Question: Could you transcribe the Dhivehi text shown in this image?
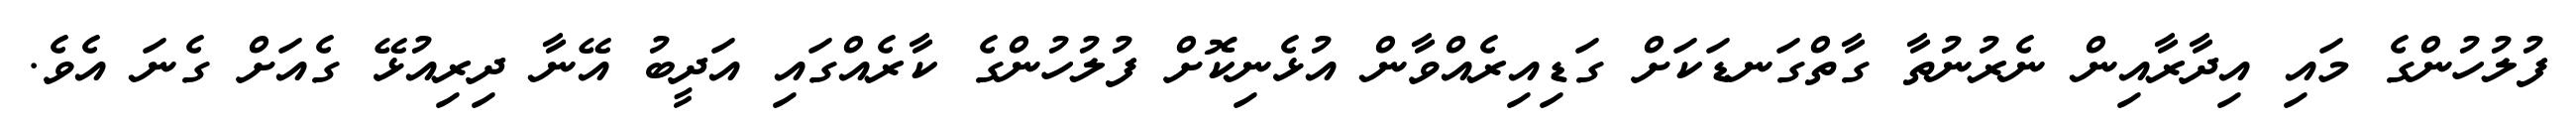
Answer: ފުލުހުންގެ މައި އިދާރާއިން ނެރުނުތާ ގާތްގަނޑަކަށް ގަޑިއިރެއްވާން އުޅެނިކޮށް ފުލުހުންގެ ކާރެއްގައި އަދީބު އޭނާ ދިރިއުޅޭ ގެއަށް ގެނަ އެވެ.